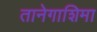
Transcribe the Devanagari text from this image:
तानेगाशिमा